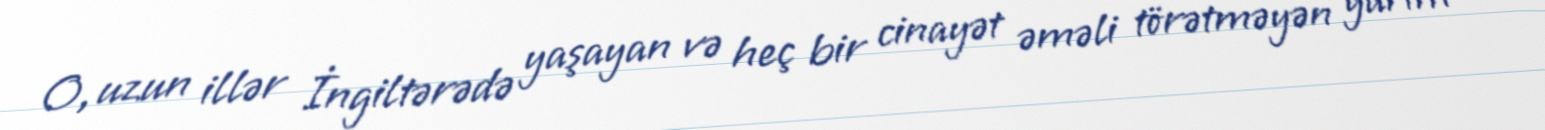
O, uzun illər İngiltərədə yaşayan və heç bir cinayət əməli törətməyən yarım